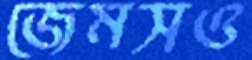
জেমসও